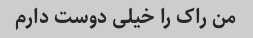
من راک را خیلی دوست دارم